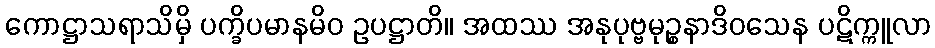
ကောဋ္ဌာသရာသိမှိ ပက္ခိပမာနမိဝ ဥပဋ္ဌာတိ။ အထဿ အနုပုဗ္ဗမုဉ္စနာဒိဝသေန ပဋိက္ကူလာ